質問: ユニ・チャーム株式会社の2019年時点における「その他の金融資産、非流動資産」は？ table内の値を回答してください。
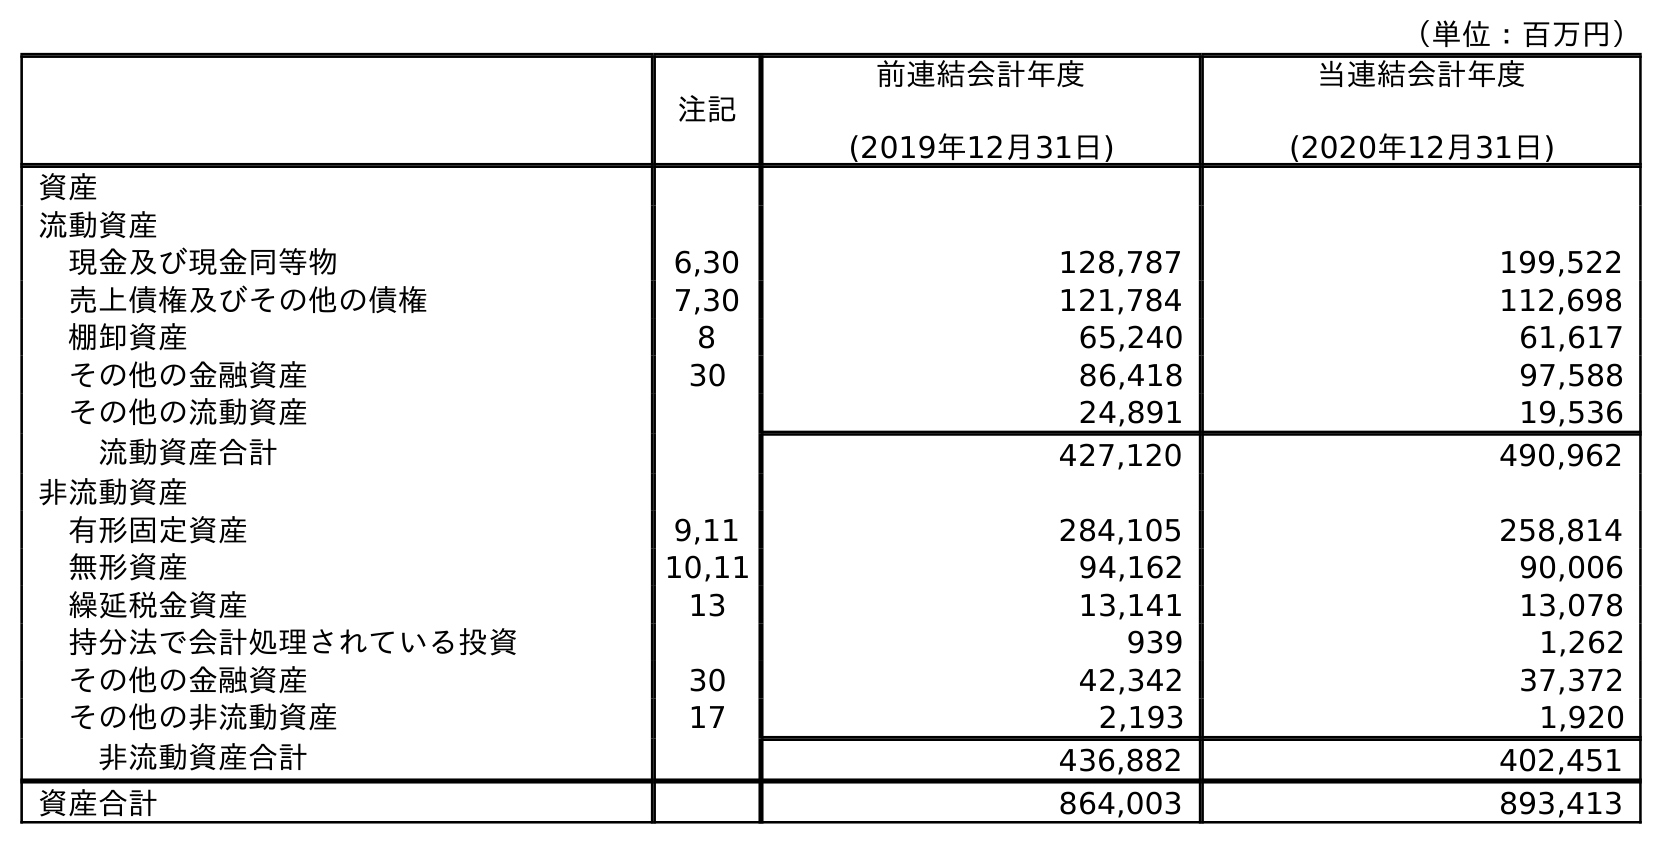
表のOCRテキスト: （単位：百万円） 注記 前連結会計年度 (2019年12月31日) 当連結会計年度 (2020年12月31日) 資産 流動資産 現金及び現金同等物 6,30 128,787 199,522 売上債権及びその他の債権 7,30 121,784 112,698 棚卸資産 8 65,240 61,617 その他の金融資産 30 86,418 97,588 その他の流動資産 24,891 19,536 流動資産合計 427,120 490,962 非流動資産 有形固定資産 9,11 284,105 258,814 無形資産 10,11 94,162 90,006 繰延税金資産 13 13,141 13,078 持分法で会計処理されている投資 939 1,262 その他の金融資産 30 42,342 37,372 その他の非流動資産 17 2,193 1,920 非流動資産合計 436,882 402,451 資産合計 864,003 893,413
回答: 42,342